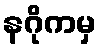
နဂိုကမှ